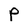
Character: P